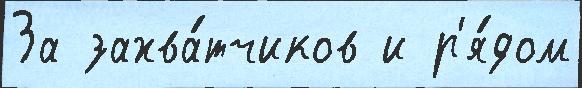
За захва́тчиков и р'я́дом